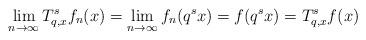
LaTeX: \begin{gather*}\lim_{n\rightarrow\infty}{T_{q, x}^sf_n(x)} = \lim_{n\rightarrow\infty}{f_n(q^s x)} = f(q^sx) = T_{q, x}^sf(x)\end{gather*}